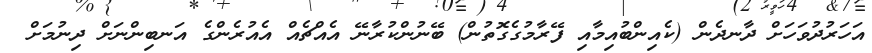
އަހަރުދުވަހަށް ދާނދެން (ކެއިންބުއިމާއި ފޭރާމުގެގޮތުން) ބޭނުންކުރާނޭ އެއްޗެއް އެއުރެންގެ އަނބިންނަށް ދިނުމަށް